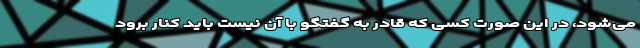
می‌شود، در این صورت کسی که قادر به گفتگو با آن نیست باید کنار برود